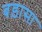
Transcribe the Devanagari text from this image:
बड़ासा